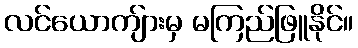
လင်ယောကျ်ားမှ မကြည်ဖြူနိုင်။